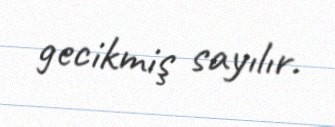
gecikmiş sayılır.